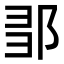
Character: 𨛃